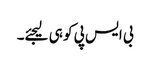
بی ایس پی کو ہی لیجئے۔